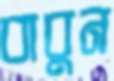
বাবুন